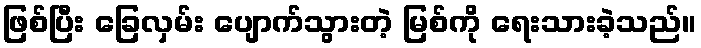
ဖြစ်ပြီး ခြေလှမ်း ပျောက်သွားတဲ့ မြစ်ကို ရေးသားခဲ့သည်။